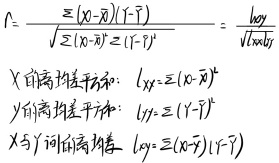
相关系数\(r\)的计算公式为：
\[r = \frac{\sum (x_i - \overline{x})(y_i - \overline{y})}{\sqrt{\sum (x_i - \overline{x})^2\sum (y_i - \overline{y})^2}} = \frac{l_{xy}}{\sqrt{l_{xx}l_{yy}}}\]
其中，\(X\)的离均差平方和：
\[l_{xx}=\sum (x_i - \overline{x})^2\]
\(Y\)的离均差平方和：
\[l_{yy}=\sum (y_i - \overline{y})^2\]
\(X\)与\(Y\)间的离均差：
\[l_{xy}=\sum (x_i - \overline{x})(y_i - \overline{y})\]